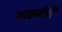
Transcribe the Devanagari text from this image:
चारुनेत्री